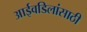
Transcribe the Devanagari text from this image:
आईवडिलांसाठी